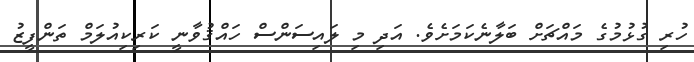
ހުރި ގުޅުމުގެ މައްޗަށް ބަލާނެކަމަށެވެ. އަދި މި ލައިސަންސް ހައްޤުވާނީ ކަރިކިއުލަމް ތަންފީޒު